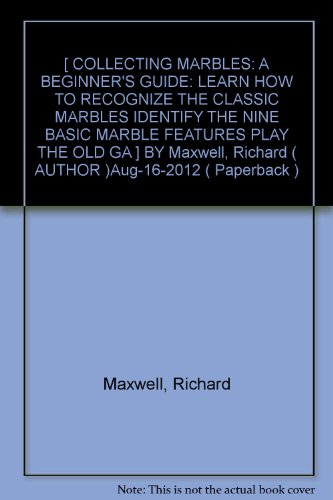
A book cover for By Richard Maxwell Collecting Marbles: A Beginner's Guide: Learn how to RECOGNIZE the Classic Marbles IDENTIFY the Nine; Crafts, Hobbies & Home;